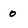
Character: o